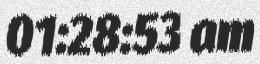
01:28:53 am